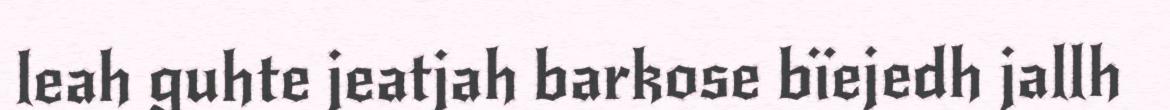
leah guhte jeatjah barkose bïejedh jallh